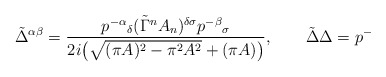
\begin{align*}\tilde\Delta^{\alpha\beta}=\frac{p^{-\alpha}{}_\delta(\tilde\Gamma^nA_n)^{\delta\sigma}p^{-\beta}{}_\sigma}{2i\big(\sqrt{(\pi A)^2-\pi^2A^2}+(\pi A)\big)}, \qquad \tilde\Delta\Delta=p^-\end{align*}